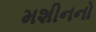
મશીનનો